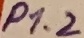
Text: P1.2